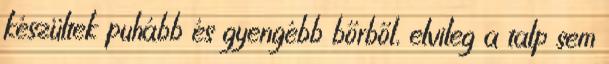
készültek puhább és gyengébb bőrből, elvileg a talp sem